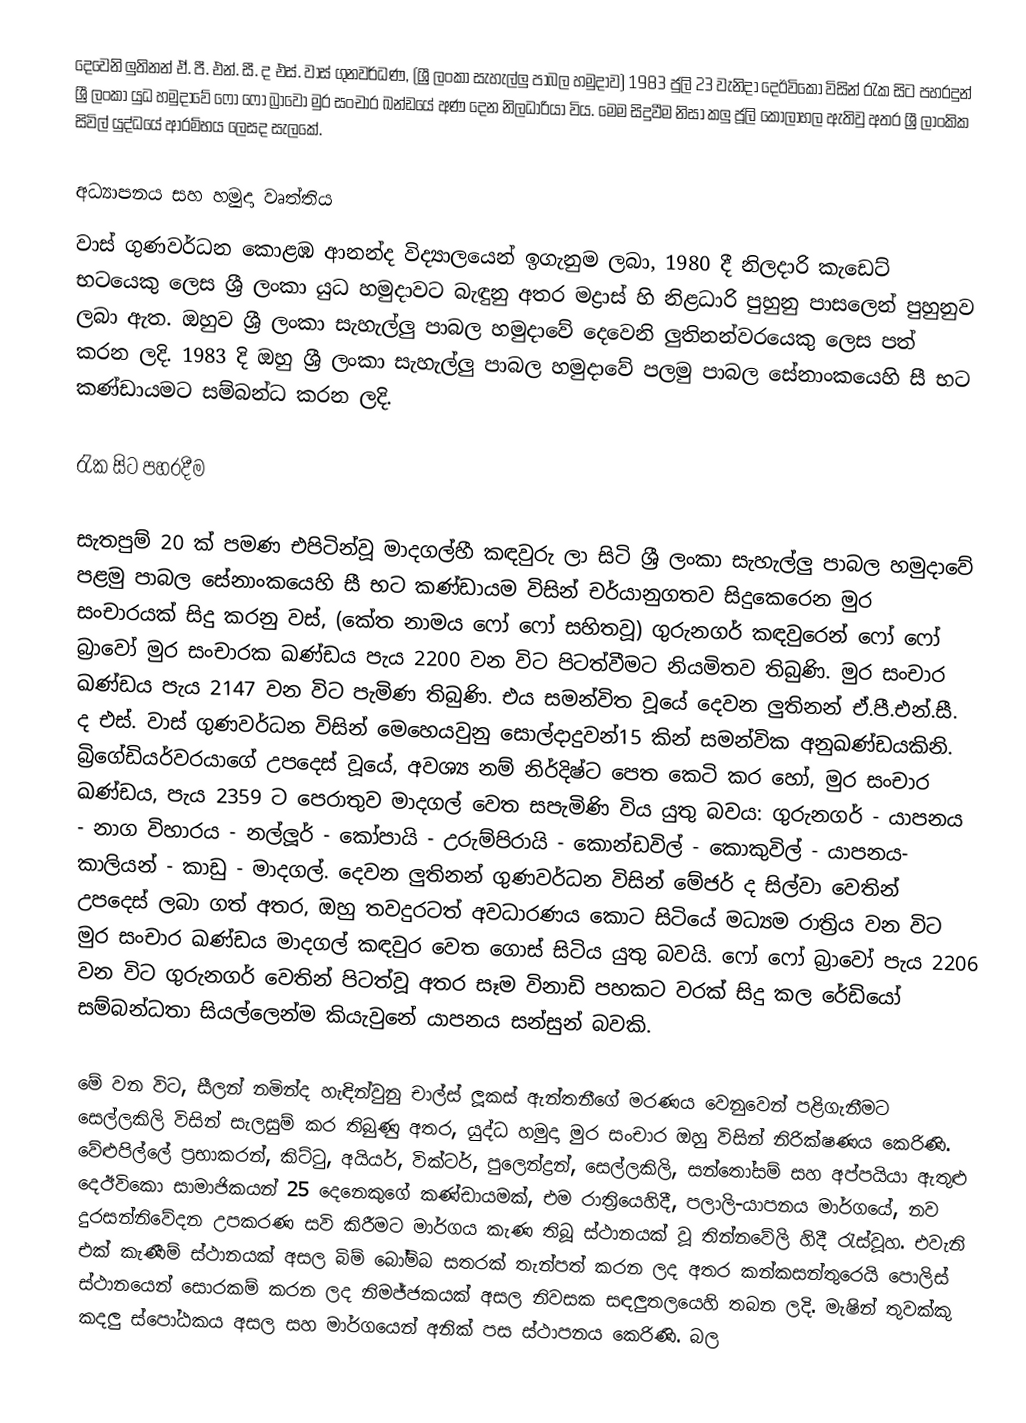
දෙවෙනි ලුතිනන් ඒ. පී. එන්. සී. ද එස්. වාස් ගුනවර්ධණ, (ශ්‍රී ලංකා සැහැල්ලු පාබල හමුදාව) 1983 ජුලි 23 වැනිදා දෙඊවිකො විසින් රැක සිට පහරදුන් ශ්‍රී ලංකා යුධ හමුදාවේ ෆෝ ෆෝ බ්‍රාවෝ මුර සංචාර ඛන්ඩයේ අණ දෙන නිලධාරියා විය. මෙම සිදුවීම නිසා කලු ජූලි කෝලාහල ඇතිවු අතර ශ්‍රී ලාංකික සිවිල් යුද්ධයේ ආරම්භය ලෙසද සැලකේ.

අධ්‍යාපනය සහ හමුදා වෘත්තිය
වාස් ගුණවර්ධන කොළඹ ආනන්ද විද්‍යාලයෙන් ඉගැනුම ලබා, 1980 දී නිලදාරි කැඩෙට් භටයෙකු ලෙස ශ්‍රී ලංකා යුධ හමුදාවට බැඳුනු අතර මද්‍රාස් හි නිළධාරි පුහුනු පාසලෙන් පුහුනුව ලබා ඇත. ඔහුව ශ්‍රී ලංකා සැහැල්ලු පාබල හමුදාවේ දෙවෙනි ලුතිනන්වරයෙකු ලෙස පත් කරන ලදි. 1983 දි ඔහු ශ්‍රී ලංකා සැහැල්ලු පාබල හමුදාවේ පලමු පාබල සේනාංකයෙහි සී භට කණ්ඩායමට සම්බන්ධ කරන ලදි.

රැක සිට පහරදීම

සැතපුම් 20 ක් පමණ එපිටින්වූ මාදගල්හී කඳවුරු ලා සිටි ශ්‍රී ලංකා සැහැල්ලු පාබල හමුදාවේ පළමු පාබල සේනාංකයෙහි සී භට කණ්ඩායම විසින් චර්යානුගතව සිදුකෙරෙන මුර සංචාරයක් සිදු කරනු වස්, (කේත නාමය ෆෝ ෆෝ සහිතවූ) ගුරුනගර් කඳවුරෙන් ෆෝ ෆෝ බ්‍රාවෝ මුර සංචාරක ඛණ්ඩය පැය 2200 වන විට පිටත්වීමට නියමිතව තිබුණි. මුර සංචාර ඛණ්ඩය පැය 2147 වන විට පැමිණ තිබුණි. එය සමන්විත වූයේ දෙවන ලුතිනන් ඒ.පී.එන්.සී. ද එස්. වාස් ගුණවර්ධන විසින් මෙහෙයවුනු සොල්දාදුවන්15 කින් සමන්වික අනුඛණ්ඩයකිනි. බ්‍රිගේඩියර්වරයාගේ උපදෙස් වූයේ, අවශ්‍ය නම් නිර්දිෂ්ට පෙත කෙටි කර හෝ, මුර සංචාර ඛණ්ඩය, පැය 2359 ට පෙරාතුව මාදගල් වෙත සපැමිණි විය යුතු බවය: ගුරුනගර් - යාපනය - නාග විහාරය - නල්ලූර් - කෝපායි - උරුම්පිරායි - කොන්ඩවිල් - කොකුවිල් - යාපනය- කාලියන් - කාඩු - මාදගල්. දෙවන ලුතිනන් ගුණවර්ධන විසින් මේජර් ද සිල්වා වෙතින් උපදෙස් ලබා ගත් අතර, ඔහු තවදුරටත් අවධාරණය කොට සිටියේ මධ්‍යම රාත්‍රිය වන විට මුර සංචාර ඛණ්ඩය මාදගල් කඳවුර වෙත ගොස් සිටිය යුතු බවයි. ෆෝ ෆෝ බ්‍රාවෝ පැය 2206 වන විට ගුරුනගර් වෙතින් පිටත්වූ අතර සෑම විනාඩි පහකට වරක් සිදු කල රේඩියෝ සම්බන්ධතා සියල්ලෙන්ම කියැවුනේ යාපනය සන්සුන් බවකි.

මේ වන විට, සීලන් නමින්ද හැඳින්වුනු චාල්ස් ලූකස් ඇන්තනීගේ මරණය  වෙනුවෙන් පළිගැනීමට සෙල්ලකිලි විසින් සැලසුම් කර තිබුණු අතර, යුද්ධ හමුදා මුර සංචාර ඔහු විසින් නිරික්ෂණය කෙරිණි. වේළුපිල්ලේ ප‍්‍රභාකරන්, කිට්ටු, අයියර්, වික්ටර්, පුලෙන්ද්‍රන්, සෙල්ලකිලි, සන්තෝසම් සහ අප්පයියා ඇතුළු දෙඊවිකො සාමාජිකයන් 25 දෙනෙකුගේ කණ්ඩායමක්, එම රාත්‍රියෙහිදී, පලාලි-යාපනය මාර්ගයේ, නව දුරසන්නිවේදන උපකරණ සවි කිරීමට මාර්ගය කැණ තිබූ ස්ථානයක් වූ තින්නවේලි හිදී රැස්වූහ. එවැනි එක් කැණීම් ස්ථානයක් අසල බිම් බෝම්බ සතරක් තැන්පත් කරන ලද අතර කන්කසන්තුරෙයි පොලිස් ස්ථානයෙන් සොරකම් කරන ලද නිමජ්ජකයක් අසල නිවසක සඳලුතලයෙහි තබන ලදි. මැෂින් තුවක්කු කදලු ස්පෝඨකය අසල සහ මාර්ගයෙන් අනික් පස ස්ථාපනය කෙරිණි. බල